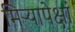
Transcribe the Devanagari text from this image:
मिऱ्यापेक्षां